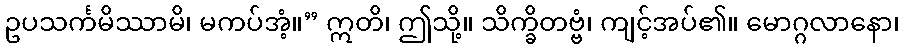
ဥပသင်္ကမိဿာမိ၊ မကပ်အံ့။” ဣတိ၊ ဤသို့။ သိက္ခိတဗ္ဗံ၊ ကျင့်အပ်၏။ မောဂ္ဂလာနော၊